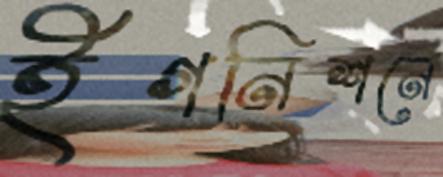
ইগনিশনে